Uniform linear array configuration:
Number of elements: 48
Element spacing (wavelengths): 0.75
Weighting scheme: binomial
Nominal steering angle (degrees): -45
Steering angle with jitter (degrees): -45.246
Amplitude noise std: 0.05
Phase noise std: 0.05

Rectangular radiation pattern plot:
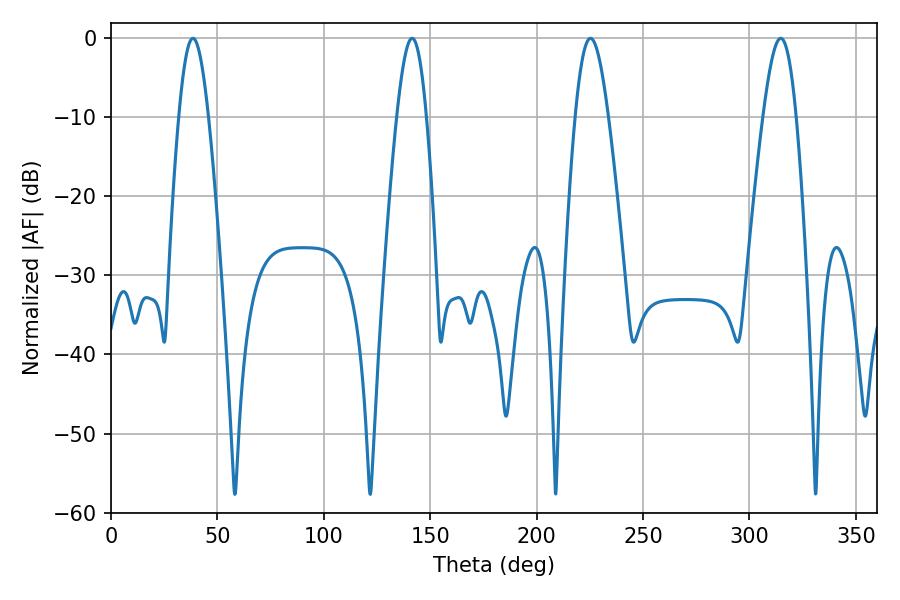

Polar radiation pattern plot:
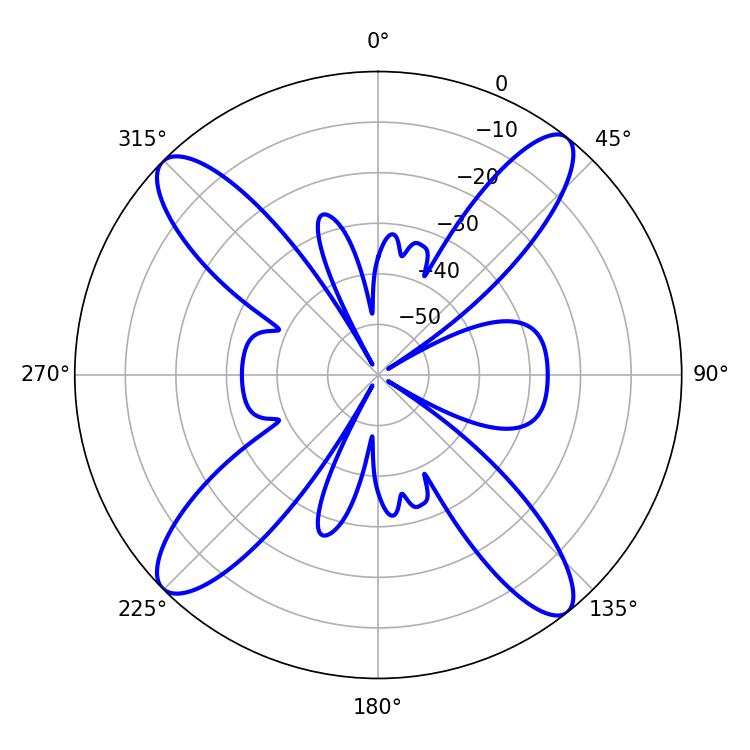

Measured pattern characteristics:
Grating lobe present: TRUE
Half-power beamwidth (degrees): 7.38
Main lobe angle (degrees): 38.52